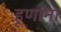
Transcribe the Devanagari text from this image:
हूणांना